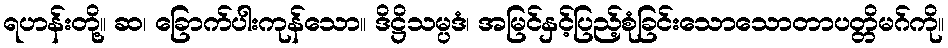
ရဟန်းတို့။ ဆ၊ ခြောက်ပါးကုန်သော။ ဒိဋ္ဌိသမ္ပဒံ၊ အမြင်နှင့်ပြည့်စုံခြင်းသောသောတာပတ္တိမဂ်ကို။